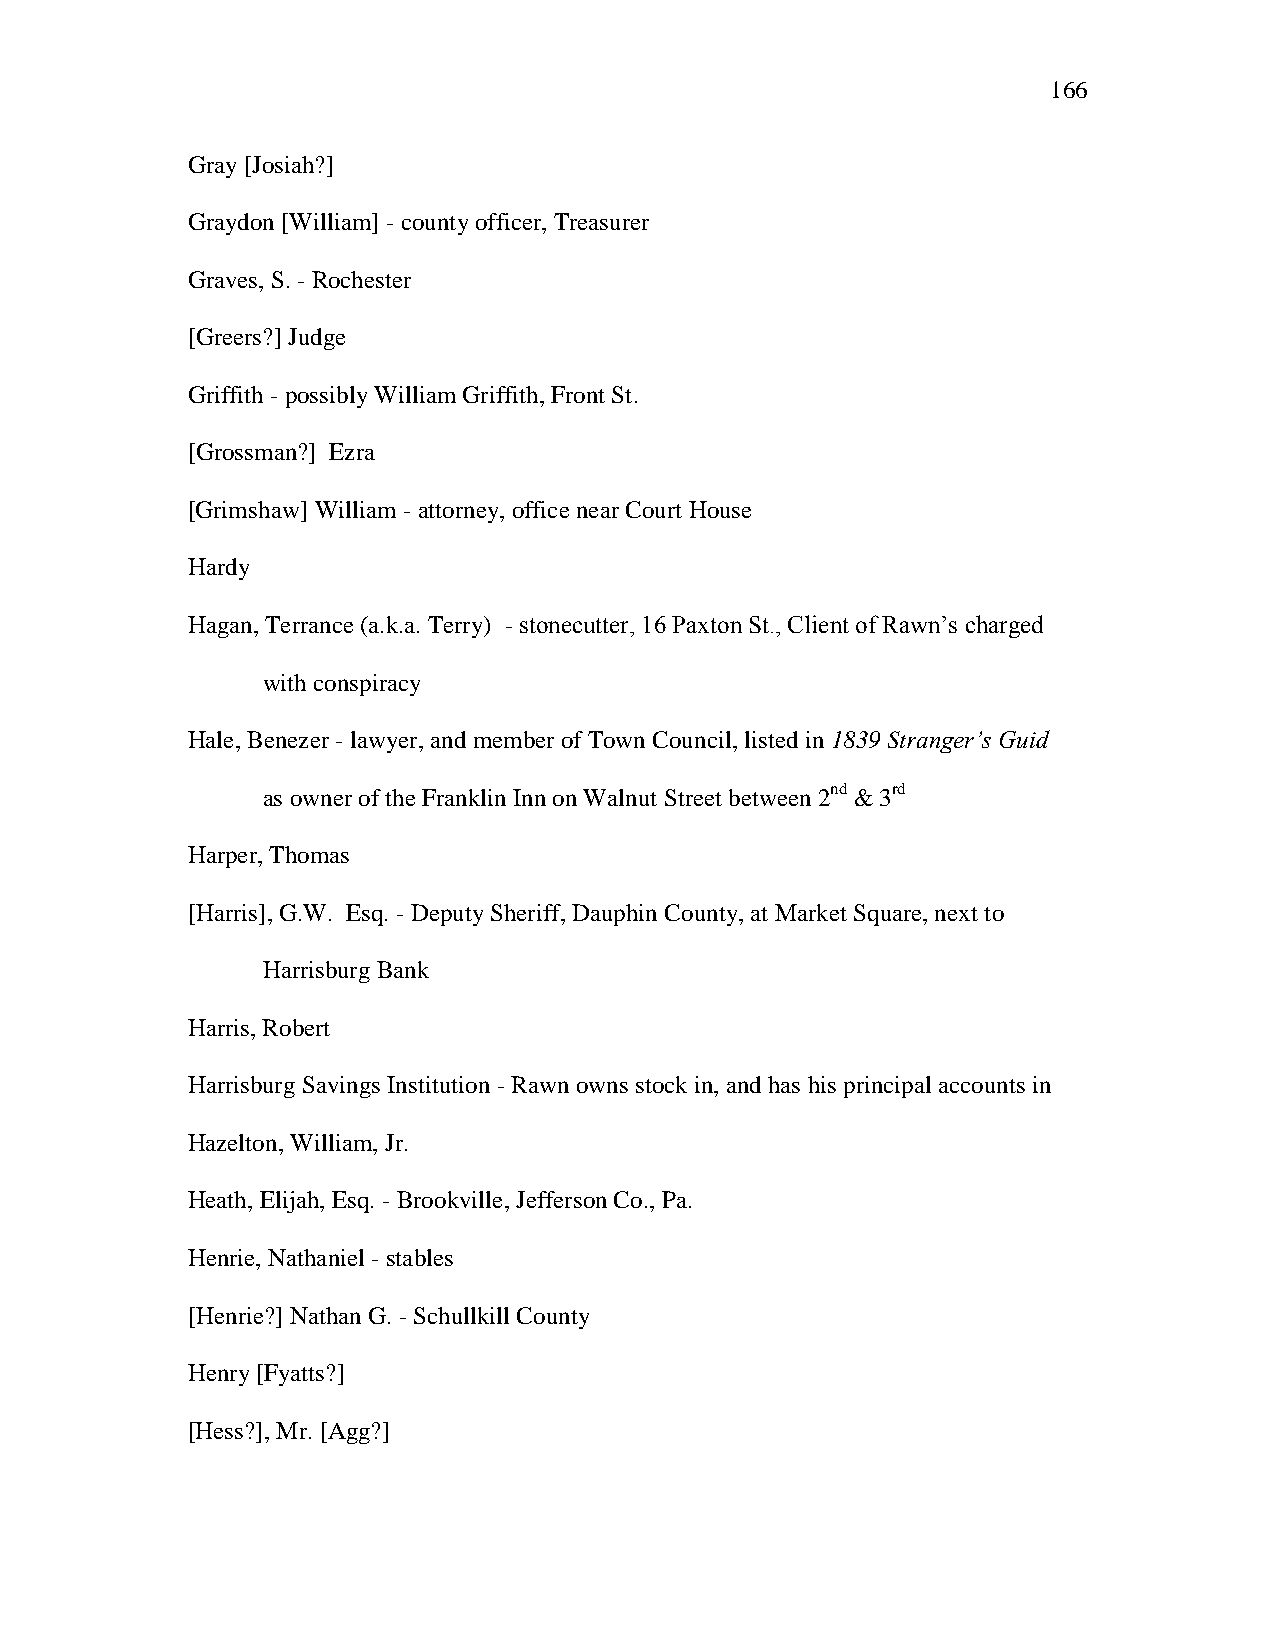
166
 Gray [Josiah?]
 Graydon [William] - county officer, Treasurer
 Graves, S. - Rochester
 [Greers?] Judge
 Griffith - possibly William Griffith, Front St.
 [Grossman?] Ezra
 [Grimshaw] William - attorney, office near Court House
 Hardy
 Hagan, Terrance (a.k.a. Terry) - stonecutter, 16 Paxton St., Client of Rawn‘s charged
 with conspiracy
 Hale, Benezer - lawyer, and member of Town Council, listed in 1839 Stranger’s Guid
 as owner of the Franklin Inn on Walnut Street between 2nd & 3rd
 Harper, Thomas
 [Harris], G.W. Esq. - Deputy Sheriff, Dauphin County, at Market Square, next to
 Harrisburg Bank
 Harris, Robert
 Harrisburg Savings Institution - Rawn owns stock in, and has his principal accounts in
 Hazelton, William, Jr.
 Heath, Elijah, Esq. - Brookville, Jefferson Co., Pa.
 Henrie, Nathaniel - stables
 [Henrie?] Nathan G. - Schullkill County
 Henry [Fyatts?]
 [Hess?], Mr. [Agg?]